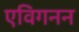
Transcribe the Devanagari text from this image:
एविगनन